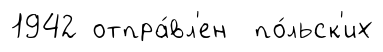
1942 отпра́вл'ен по́льск'их